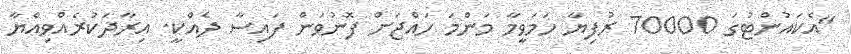
"އެކައުންޓުގަ 70000 ރުފިޔާ ހަމަވީމާ މަންމަ ހައްޖަށް ފޮނުވަން ފައިސާ ދެއްކީ. އިރާދަކުރެއްވިއްޔާ